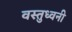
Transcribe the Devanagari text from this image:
वस्तुध्वनी